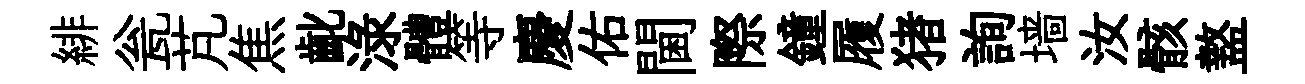
緋瓮芃焦齔渌體等慶佑閫際鐘履猪詢墙汝骸盩